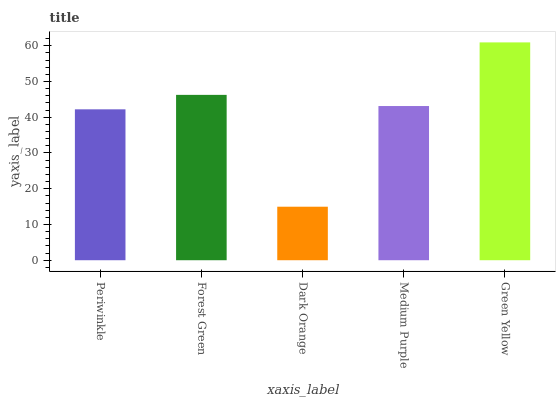
| xaxis_label | bars |
 | --- | --- |
 | Periwinkle | 42.2 |
 | Forest Green | 46.2 |
 | Dark Orange | 15 |
 | Medium Purple | 43.1 |
 | Green Yellow | 60.9 |